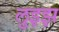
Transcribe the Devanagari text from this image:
लुइझ